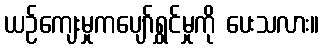
ယဉ်ကျေးမှုကပျော်ရွှင်မှုကို ပေးသလား။